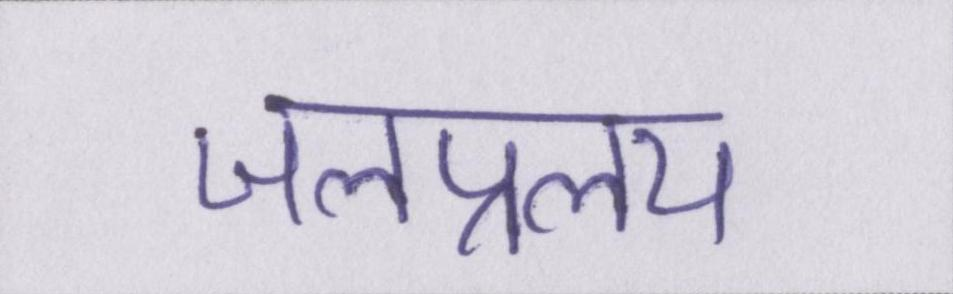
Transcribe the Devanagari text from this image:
जलप्रलय